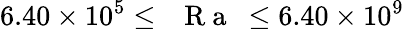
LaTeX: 6.40\times 10^{5}\leq\mathrm{~\textit~{~R~a~}~}\leq 6.40\times 10^{9}